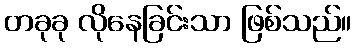
တခုခု လိုနေခြင်းသာ ဖြစ်သည်။